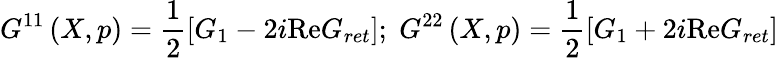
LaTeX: G^{11}\left(X,p\right)=\frac 12\left[G_{1}-2i\mathrm{Re}G_{ret}\right];\; G^{22}\left(X,p\right)=\frac 12\left[G_{1}+2i\mathrm{Re}G_{ret}\right]